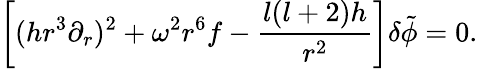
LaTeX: \left[(hr^{3}\partial_{r})^{2}+\omega^{2}r^{6}f-{\frac{l(l+2)h}{r^{2}}}\right]\delta\tilde{\phi}=0.